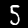
Digit: 5